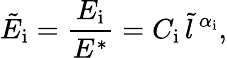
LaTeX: \tilde{E}_{\mathrm{i}}=\frac{E_{\mathrm{i}}}{E^{*}}=C_{\mathrm{i}}\, \tilde{l}{\, }^{\alpha_{\mathrm{i}}},